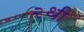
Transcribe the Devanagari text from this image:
२थी